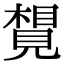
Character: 𧡮